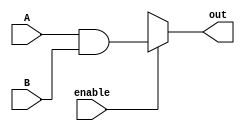
`timescale 1ns / 1ps
//////////////////////////////////////////////////////////////////////////////////
// Company: 
// Engineer: 
// 
// Design Name: 
// Module Name: anding
// Project Name: 
// Target Devices: 
// Tool Versions: 
// Description: 
// 
// Dependencies: 
// 
// Revision:
// Revision 0.01 - File Created
// Additional Comments:
// 
//////////////////////////////////////////////////////////////////////////////////


module anding (input enable, output reg out, input [3:0] A, B);
always@(enable, A,B)
begin
    out = 1'bx;
    if (enable)
    out = A&&B;
end
endmodule